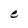
Character: e